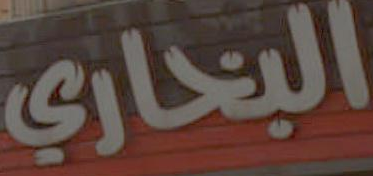
البخاري